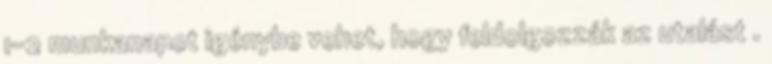
1-2 munkanapot igénybe vehet, hogy feldolgozzák az utalást .